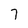
Character: 7